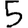
Digit: 5